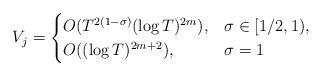
LaTeX: \begin{align*}V_j=\begin{cases} O(T^{2(1-\sigma)}(\log T)^{2m}), & \sigma\in[1/2,1), \\ O((\log T)^{2m+2}), & \sigma=1 \end{cases} \end{align*}